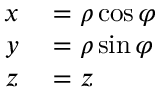
\begin{array} { r l } { x } & { { } = \rho \cos \varphi } \\ { y } & { { } = \rho \sin \varphi } \\ { z } & { { } = z } \end{array}